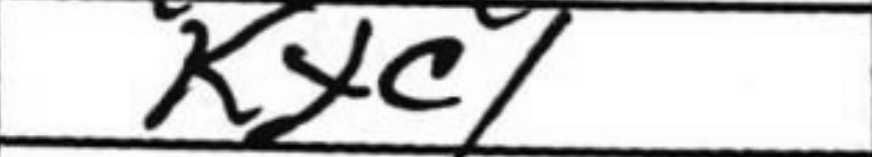
Transcription: Kxc1